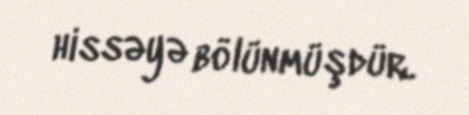
hissəyə bölünmüşdür.